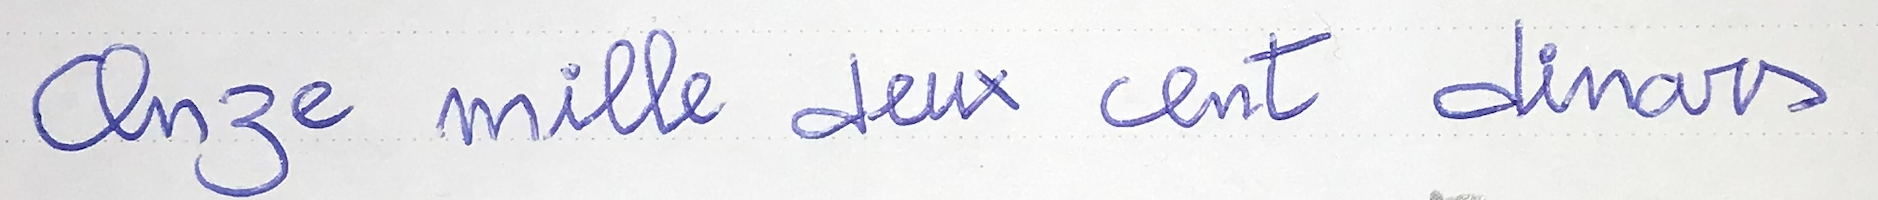
Onze mille deux cent dinars